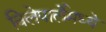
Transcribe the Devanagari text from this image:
विलेपार्लेमध्ये